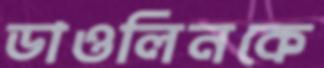
ডাওলিনকে